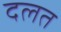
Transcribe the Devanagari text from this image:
दलत